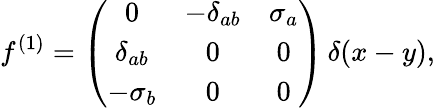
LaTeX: f^{(1)}=\left(\begin{array}{ccc}{{0}}&{{-\delta_{ab}}}&{{\sigma_{a}}}\\ {{\delta_{ab}}}&{{0}}&{{0}}\\ {{-\sigma_{b}}}&{{0}}&{{0}}\end{array}\right)\, \delta(x-y),